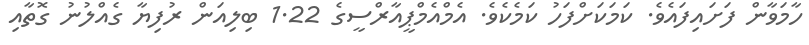
ހާމަވާން ފަށައިފައެވެ. ކަމަކަށްފަހު ކަމެކެވެ. އެމްއެމްޕީއާރްސީގެ 1.22 ބިލިއަން ރުފިޔާ ގެއްލުނު ގޮތާއި